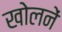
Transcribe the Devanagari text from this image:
खोलनें